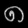
Digit: ၈